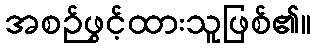
အစဉ်ဖွင့်ထားသူဖြစ်၏။